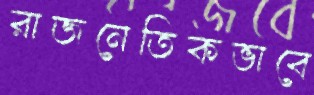
রাজনেতিকভাবে